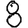
Digit: 8